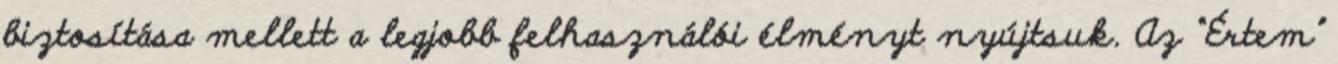
biztosítása mellett a legjobb felhasználói élményt nyújtsuk. Az “Értem”